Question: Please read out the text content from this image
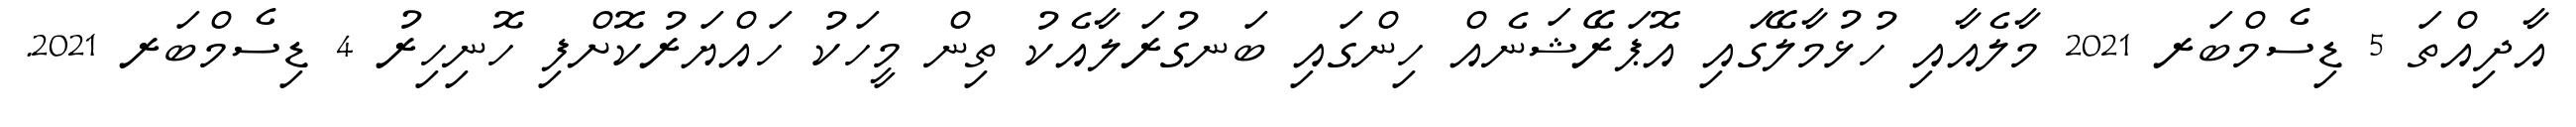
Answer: އާދިއްތަ 5 ޑިސެމްބަރ 2021 މާލެއާއި ހުޅުމާލޭގައި އޮޕަރޭޝަނެއް ހިންގައި ބަނގުރަލާއެކު ތިން މީހަކު ހައްޔަރުކޮށްފި ހޮނިހިރު 4 ޑިސެމްބަރ 2021.